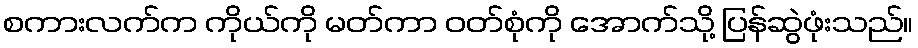
စကားလက်က ကိုယ်ကို မတ်ကာ ဝတ်စုံကို အောက်သို့ ပြန်ဆွဲဖုံးသည်။